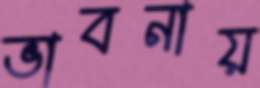
ভাবনায়